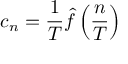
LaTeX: c _ { n } = { \frac { 1 } { T } } { \hat { f } } \left( { \frac { n } { T } } \right)